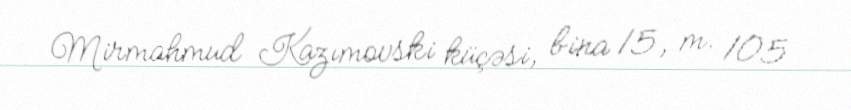
Mirmahmud Kazımovski küçəsi, bina 15, m. 105